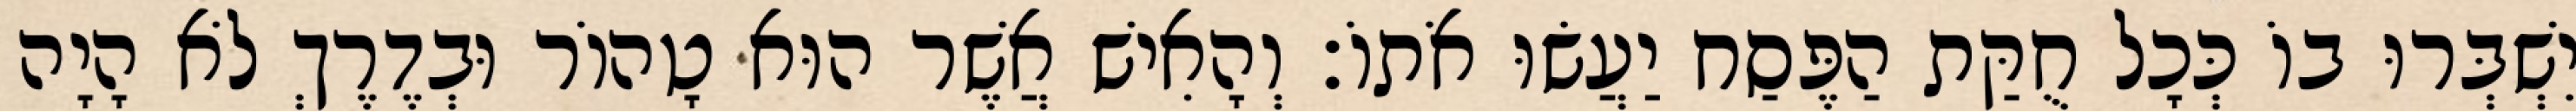
יִשְׁבְּרוּ בוֹ כְּכָל חֻקַּת הַפֶּסַח יַעֲשׂוּ אֹתוֹ׃ וְהָאִישׁ אֲשֶׁר הוּא טָהוֹר וּבְדֶרֶךְ לֹא הָיָה